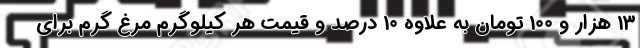
13 هزار و 100 تومان به علاوه 10 درصد و قیمت هر کیلوگرم مرغ گرم برای